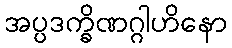
အပ္ပဒက္ခိဏဂ္ဂါဟိနော